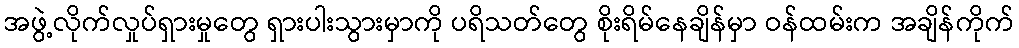
အဖွဲ့လိုက်လှုပ်ရှားမှုတွေ ရှားပါးသွားမှာကို ပရိသတ်တွေ စိုးရိမ်နေချိန်မှာ ဝန်ထမ်းက အချိန်ကိုက်